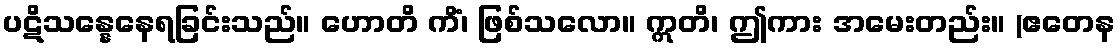
ပဋိသန္နေနေရခြင်းသည်။ ဟောတိ ကိံ၊ ဖြစ်သလော။ ဣတိ၊ ဤကား အမေးတည်း။ (ဧတေန